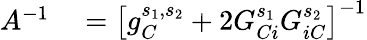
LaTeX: \begin{array}{rl}{A^{-1}}&{{}=\left[g_{C}^{s_{1},s_{2}}+2G_{Ci}^{s_{1}}G_{iC}^{s_{2}}\right]^{-1}}\end{array}